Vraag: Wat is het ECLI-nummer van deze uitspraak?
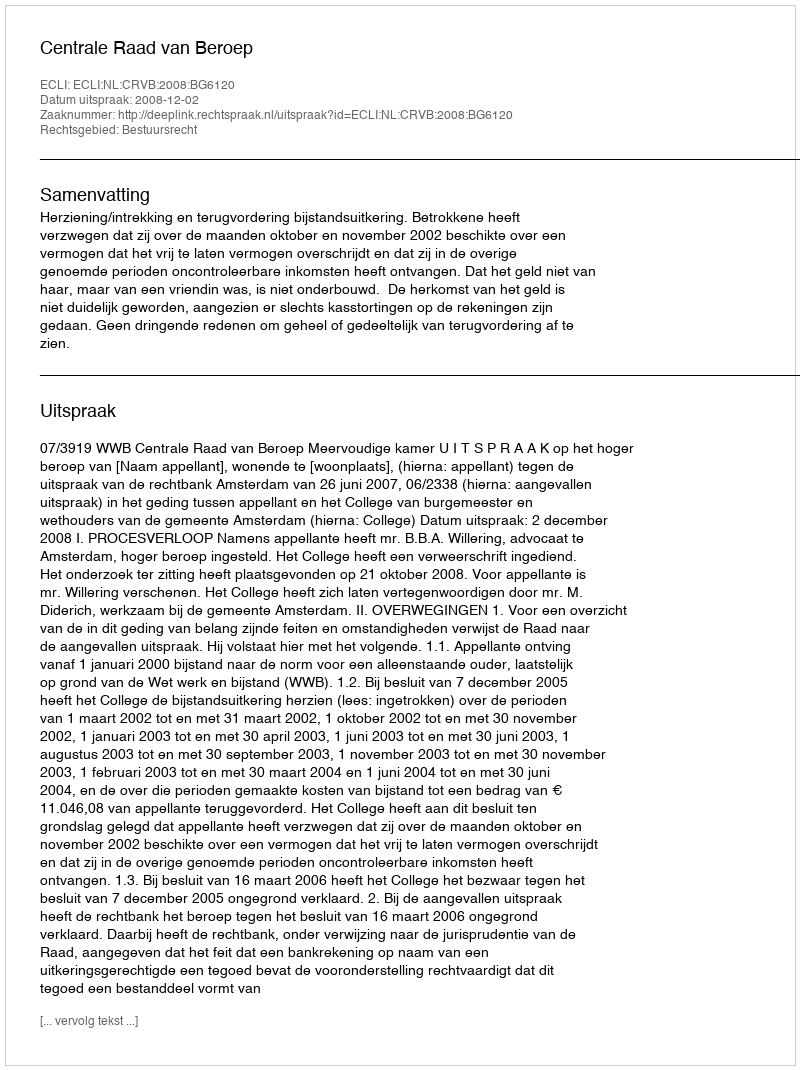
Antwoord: ECLI:NL:CRVB:2008:BG6120